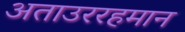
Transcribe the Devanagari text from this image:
अताउररहमान